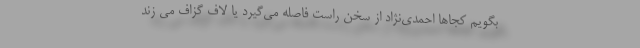
بگویم کجاها احمدی‌نژاد از سخن راست فاصله می‌گیرد یا لافِ گزاف می زند